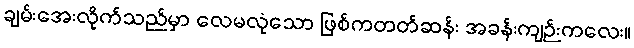
ချမ်းအေးလိုက်သည်မှာ လေမလုံသော ဖြစ်ကတတ်ဆန်း အခန်းကျဉ်းကလေး။